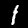
Label: 1